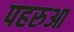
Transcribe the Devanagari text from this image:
पहरुआ